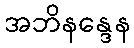
အဘိနန္ဒေန